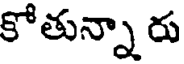
కోతున్నా రు